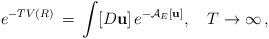
LaTeX: \begin{align*}e^{-TV(R)}\,=\,\int\limits_{}^{}[D{\bf u}]\,e^{-{\cal A}_E[{\bf u}]},\quad T\to\infty\,{,}\end{align*}